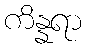
ကိန္နရာ